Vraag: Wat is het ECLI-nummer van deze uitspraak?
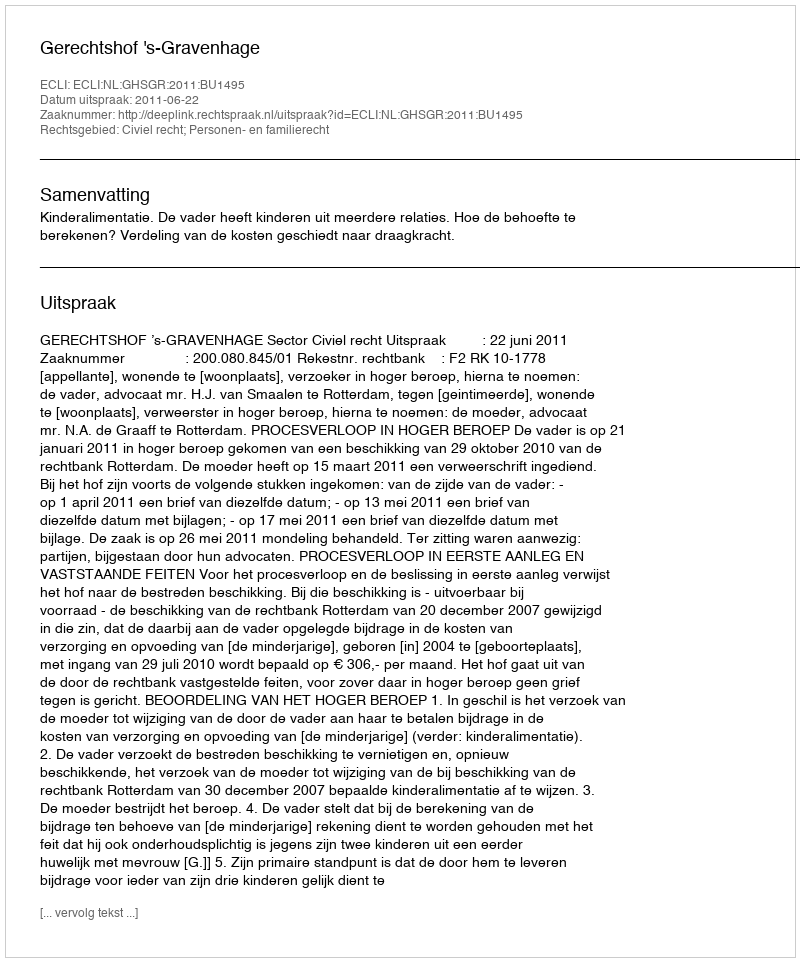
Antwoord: ECLI:NL:GHSGR:2011:BU1495